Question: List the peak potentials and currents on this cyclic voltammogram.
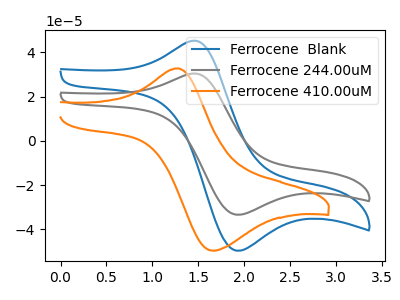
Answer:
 <answer>The blue curve "Ferrocene  Blank" has an anodic peak at (1.40V, 45.10uA) and a cathodic peak at (1.90V, -49.60uA). The gray curve "Ferrocene 244.00uM" has an anodic peak at (1.40V, 30.35uA) and a cathodic peak at (1.90V, -33.35uA). The orange curve "Ferrocene 410.00uM" has an anodic peak at (1.30V, 32.80uA) and a cathodic peak at (1.65V, -49.55uA).</answer>
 <eval></eval>